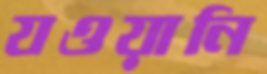
যওয়ানি